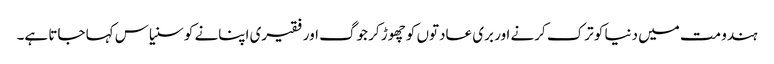
ہندو مت میں دنیا کو ترک کرنے اور بری عادتوں کو چھوڑ کر جوگ اور فقیری اپنانے کو سنیاس کہا جاتا ہے۔